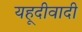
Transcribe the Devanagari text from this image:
यहूदीवादी